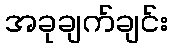
အခုချက်ချင်း